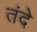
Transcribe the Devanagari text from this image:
तंदे